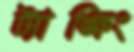
ট্যাঙ্কিং